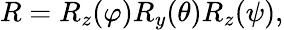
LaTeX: R=R_{z}(\varphi)R_{y}(\theta)R_{z}(\psi),